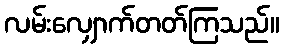
လမ်းလျှောက်တတ်ကြသည်။